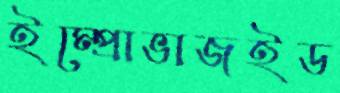
ইম্প্রোভাজইড